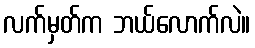
လက်မှတ်က ဘယ်လောက်လဲ။